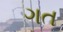
ગત